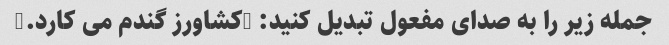
جمله زیر را به صدای مفعول تبدیل کنید: "کشاورز گندم می کارد."